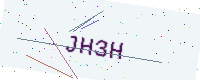
Text: JH3H